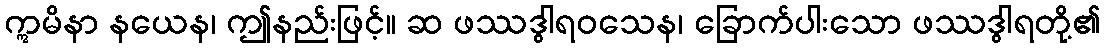
ဣမိနာ နယေန၊ ဤနည်းဖြင့်။ ဆ ဖဿဒွါရဝသေန၊ ခြောက်ပါးသော ဖဿဒွါရတို့၏